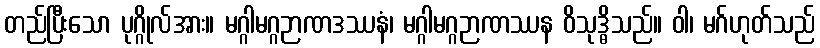
တည်ပြီးသော ပုဂ္ဂိုလ်အား။ မဂ္ဂါမဂ္ဂဉာဏဒဿနံ၊ မဂ္ဂါမဂ္ဂဉာဏဿန ဝိသုဒ္ဓိသည်။ ဝါ၊ မဂ်ဟုတ်သည်